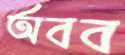
অবব